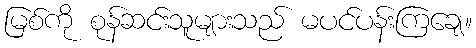
မြစ်ကို စုန်ဆင်းသူများသည် မပင်ပန်းကြချေ။